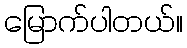
မြောက်ပါတယ်။